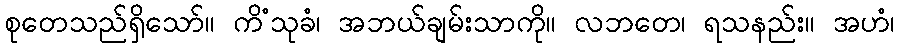
စုတေသည်ရှိသော်။ ကိံသုခံ၊ အဘယ်ချမ်းသာကို။ လဘတေ၊ ရသနည်း။ အဟံ၊